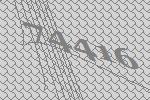
74416